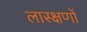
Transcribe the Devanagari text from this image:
लास्क्षणों